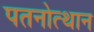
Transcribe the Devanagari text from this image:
पतनोत्थान